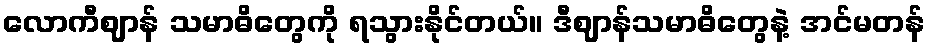
လောကီဈာန် သမာဓိတွေကို ရသွားနိုင်တယ်။ ဒီဈာန်သမာဓိတွေနဲ့ အင်မတန်